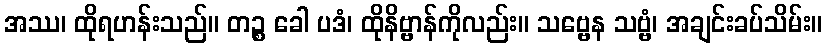
အဿ၊ ထိုရဟန်းသည်။ တဉ္စ ခေါ ပဒံ၊ ထိုနိဗ္ဗာန်ကိုလည်း။ သဗ္ဗေန သဗ္ဗံ၊ အချင်းခပ်သိမ်း။